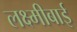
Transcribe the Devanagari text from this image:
लक्ष्‍मीबाई